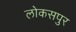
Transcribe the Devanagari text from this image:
लोकसपुर